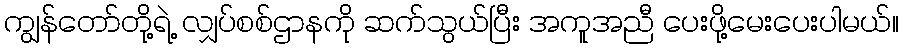
ကျွန်တော်တို့ရဲ့ လျှပ်စစ်ဌာနကို ဆက်သွယ်ပြီး အကူအညီ ပေးဖို့မေးပေးပါမယ်။